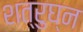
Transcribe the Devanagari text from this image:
शत्रुघ्‍न